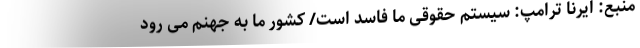
منبع: ایرنا ترامپ: سیستم حقوقی ما فاسد است/ کشور ما به جهنم می رود